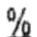
%